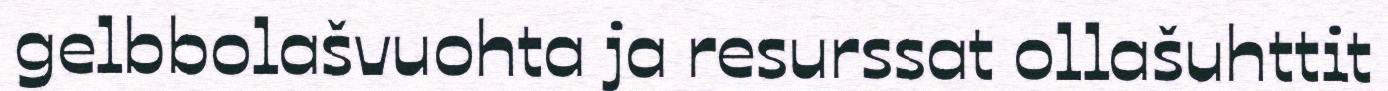
gelbbolašvuohta ja resurssat ollašuhttit